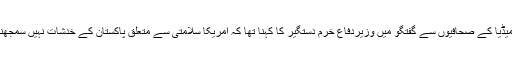
پرنٹ میڈیا کے صحافیوں سے گفتگو میں وزیردفاع خرم دستگیر کا کہنا تھا کہ امریکا سلامتی سے متعلق پاکستان کے خدشات نہیں سمجھنا چاہتا۔